Civil Veterinary Dept. Assam report 1911-1927 - 1911-1927
Year: 1911
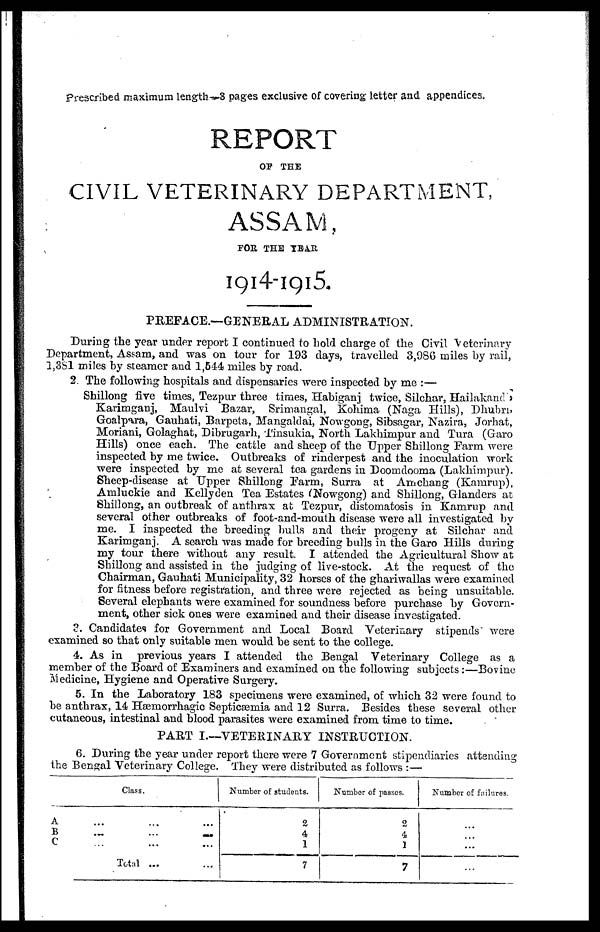
Prescribed maximum length-8 pages exclusive of covering letter and. appendices.
REPORT
OF THE
CIVIL VETERINARY DEPARTMENT,
ASSAM,
FOR THE YEAR
1914-1915.
PREFACE.—GENERAL ADMINISTRATION.
During the year under report I continued to bold charge of the Civil Veterinary
Department, Assam, and was on tour for 193 days, travelled 3,986 miles by rail,
1,381 miles by steamer and 1,644 miles by road.
2. The following hospitals and dispensaries were inspected by me :—
Shillong five times, Tezpur three times, Habiganj twice, Silchar, Hailakand ,
Karimganj, Maulvi Bazar, Srimangal, Kohima (Naga Hills), Dhubri,
Goalpara, Gauhati, Barpeta, Mangaldai, Nowgong, Sibsagar, Nazira, Jorhat,
Moriani, Golaghat, Dibrugarh, Tinsukia, North Lakhimpur and Tura (Garo
Hills) once each. The cattle and sheep of the Upper Shillong Farm were
inspected by me twice. Outbreaks of rinderpest and the inoculation work
were inspected by me at several tea gardens in Doomdooma (Lakhimpur).
Sheep-disease at Upper Shillong Farm, Surra at Amchang (Kamrup),
Amluckie and Kelly den Tea Estates (Nowgong) and Shillong, Glanders at
Shillong, an outbreak of anthrax at Tezpur, distomatosis in Kamrup and
several other outbreaks of foot-and-mouth disease were all investigated by
me. I inspected the breeding bulls and their progeny at Silchar and
Karimganj. A search was made for breeding bulls in the Garo Hills during
my tour there without any result. I attended the Agricultural Show at
Shillong and assisted in the judging of live-stock. At the request of the
Chairman, Gauhati Municipality, 32 horses of the ghariwallas were examined
for fitness before registration, and three were rejected as being unsuitable.
Several elephants were examined for soundness before purchase by Govern-
ment, other sick ones were examined and their disease investigated.
3. Candidates for Government and Local Board Veterinary stipends were
examined so that only suitable men would be sent to the college.
4. As in previous years I attended the Bengal Veterinary College as a
member of the Board of Examiners and examined on the following subjects :—Bovine
Medicine, Hygiene and Operative Surgery.
5. In the Laboratory 183 specimens were examined, of which 32 were found to
be anthrax, 14 Hæmorrhagic Septicæemia and 12 Surra. Besides these several other
cutaneous, intestinal and blood parasites were examined from time to time.
PART I.—VETERINARY INSTRUCTION.
6. During the year under report there were 7 Government stipendiaries attending
the Bengal Veterinary College. They were distributed as follows :—
Class.
A ... ... ...
B
...
...
...
C...
...
Total
......
Number of students.
2
4
1
7
Number of passes.
2
4
1
7
Number of failures.
...
...
...